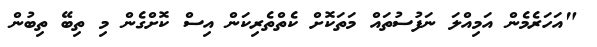
"އަހަރެމެން އަމިއްލަ ނަފުސުތައް މަތަކޮށް ކެތްތެރިކަން އިސް ކޮށްގެން މި ތިބޭ ތިބުން